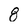
Character: 8